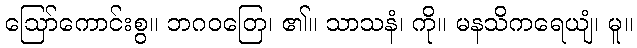
ဩော်ကောင်းစွ။ ဘဂဝတြေ၊ ၏။ သာသနံ၊ ကို။ မနသိကရေယျံ၊ မူ။